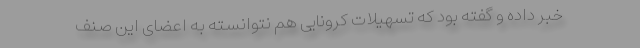
خبر داده و گفته بود که تسهیلات کرونایی هم نتوانسته به اعضای این صنف